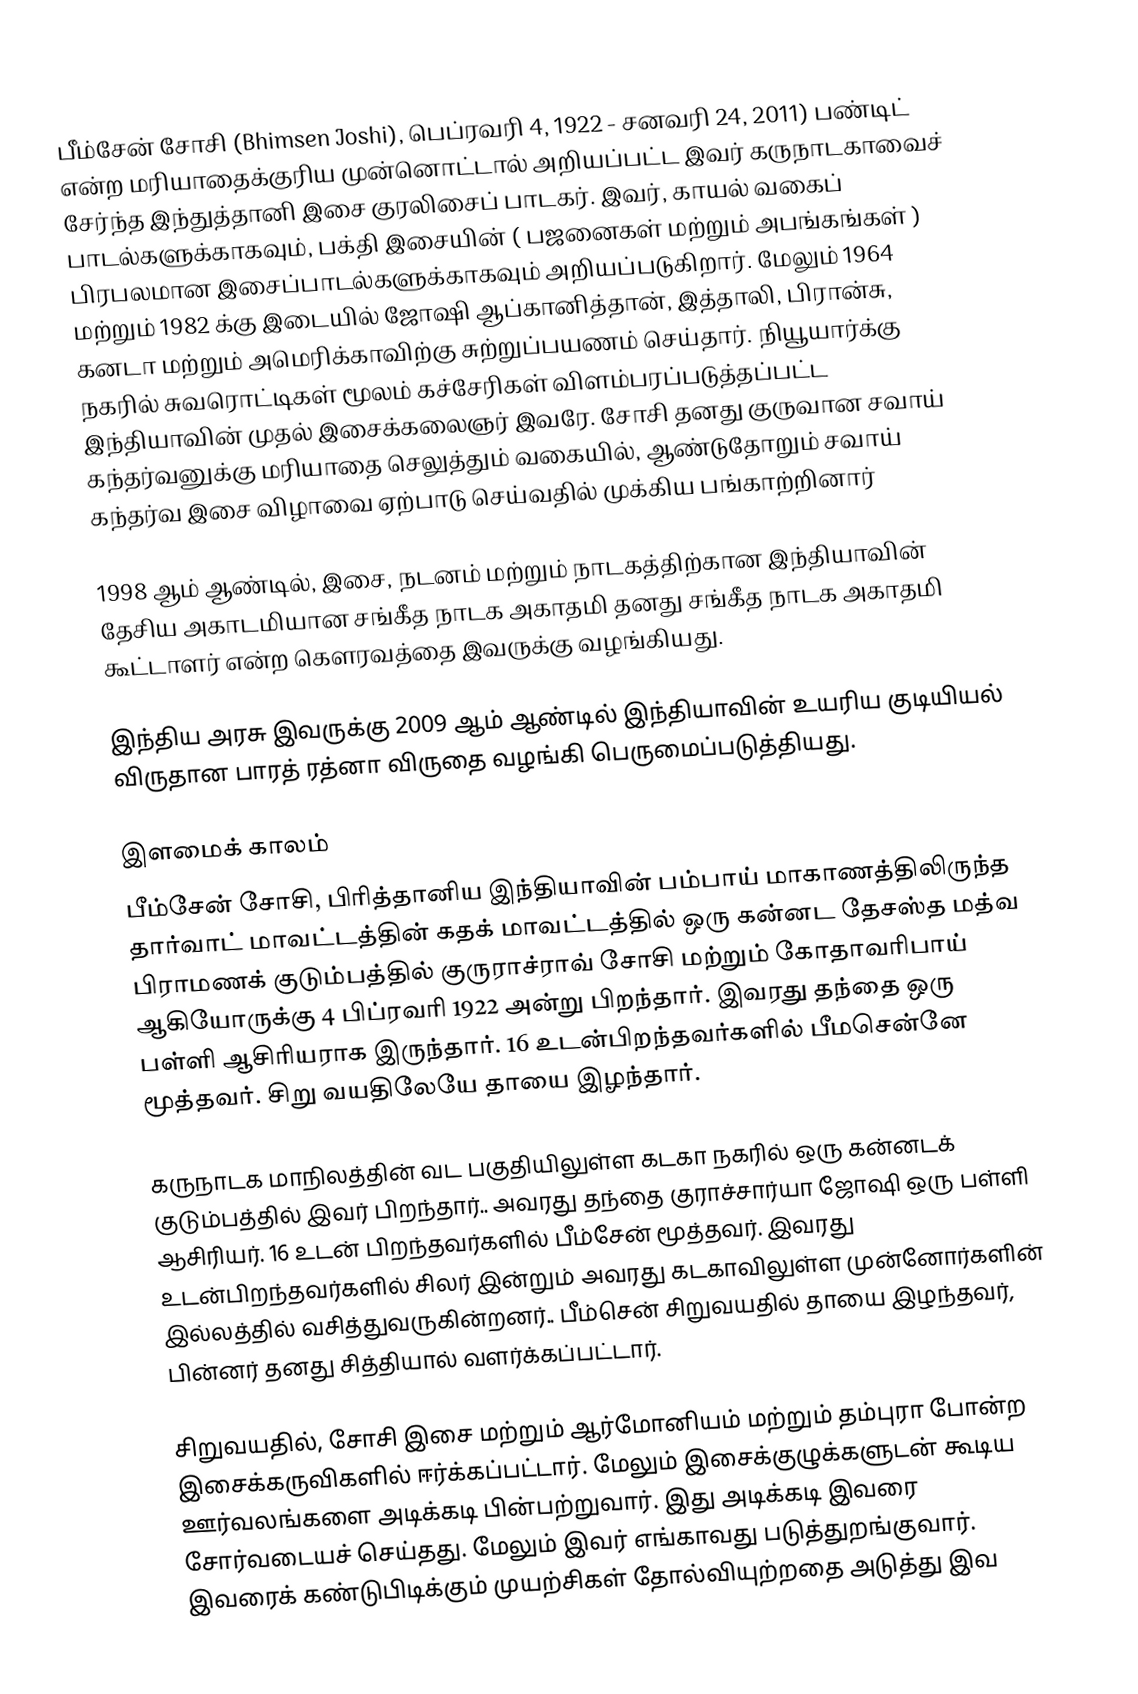
பீம்சேன் சோசி (Bhimsen Joshi), பெப்ரவரி 4, 1922 - சனவரி 24, 2011) பண்டிட் என்ற மரியாதைக்குரிய முன்னொட்டால் அறியப்பட்ட இவர் கருநாடகாவைச் சேர்ந்த இந்துத்தானி இசை குரலிசைப் பாடகர். இவர், காயல் வகைப் பாடல்களுக்காகவும், பக்தி இசையின் ( பஜனைகள் மற்றும் அபங்கங்கள் ) பிரபலமான இசைப்பாடல்களுக்காகவும் அறியப்படுகிறார். மேலும் 1964 மற்றும் 1982 க்கு இடையில் ஜோஷி ஆப்கானித்தான், இத்தாலி, பிரான்சு, கனடா மற்றும் அமெரிக்காவிற்கு சுற்றுப்பயணம் செய்தார். நியூயார்க்கு நகரில் சுவரொட்டிகள் மூலம் கச்சேரிகள் விளம்பரப்படுத்தப்பட்ட இந்தியாவின் முதல் இசைக்கலைஞர் இவரே. சோசி தனது குருவான சவாய் கந்தர்வனுக்கு மரியாதை செலுத்தும் வகையில், ஆண்டுதோறும் சவாய் கந்தர்வ இசை விழாவை ஏற்பாடு செய்வதில் முக்கிய பங்காற்றினார்

1998 ஆம் ஆண்டில், இசை, நடனம் மற்றும் நாடகத்திற்கான இந்தியாவின் தேசிய அகாடமியான சங்கீத நாடக அகாதமி தனது சங்கீத நாடக அகாதமி கூட்டாளர் என்ற கௌரவத்தை இவருக்கு வழங்கியது.

இந்திய அரசு இவருக்கு 2009 ஆம் ஆண்டில் இந்தியாவின் உயரிய குடியியல் விருதான பாரத் ரத்னா விருதை வழங்கி பெருமைப்படுத்தியது.

இளமைக் காலம்
பீம்சேன் சோசி, பிரித்தானிய இந்தியாவின் பம்பாய் மாகாணத்திலிருந்த தார்வாட் மாவட்டத்தின் கதக் மாவட்டத்தில் ஒரு கன்னட தேசஸ்த  மத்வ பிராமணக் குடும்பத்தில் குருராச்ராவ் சோசி மற்றும் கோதாவரிபாய் ஆகியோருக்கு 4 பிப்ரவரி 1922 அன்று பிறந்தார். இவரது தந்தை ஒரு பள்ளி ஆசிரியராக இருந்தார். 16 உடன்பிறந்தவர்களில் பீமசென்னே மூத்தவர். சிறு வயதிலேயே தாயை இழந்தார்.

கருநாடக மாநிலத்தின் வட பகுதியிலுள்ள கடகா நகரில் ஒரு கன்னடக் குடும்பத்தில் இவர் பிறந்தார்.. அவரது தந்தை குராச்சார்யா ஜோஷி ஒரு பள்ளி ஆசிரியர். 16 உடன் பிறந்தவர்களில் பீம்சேன் மூத்தவர். இவரது உடன்பிறந்தவர்களில் சிலர் இன்றும் அவரது கடகாவிலுள்ள முன்னோர்களின் இல்லத்தில் வசித்துவருகின்றனர்.. பீம்சென் சிறுவயதில் தாயை இழந்தவர், பின்னர் தனது சித்தியால் வளர்க்கப்பட்டார்.

சிறுவயதில், சோசி இசை மற்றும் ஆர்மோனியம் மற்றும் தம்புரா போன்ற இசைக்கருவிகளில் ஈர்க்கப்பட்டார். மேலும் இசைக்குழுக்களுடன் கூடிய ஊர்வலங்களை அடிக்கடி பின்பற்றுவார். இது அடிக்கடி இவரை சோர்வடையச் செய்தது. மேலும் இவர் எங்காவது படுத்துறங்குவார். இவரைக் கண்டுபிடிக்கும் முயற்சிகள் தோல்வியுற்றதை அடுத்து இவ